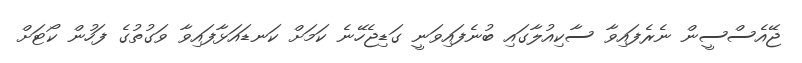
ޖޭއެސްސީން ނެރެފައިވާ ސާކިއުލާގައި ބުނެފައިވަނީ ގަޑިޖެހޭނެ ކަމަށް ކަނޑައަޅާފައިވާ ވަގުތުގެ ފަހުން ކޯޓަށް